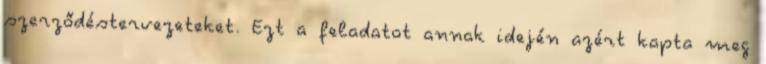
szerződéstervezeteket. Ezt a feladatot annak idején azért kapta meg